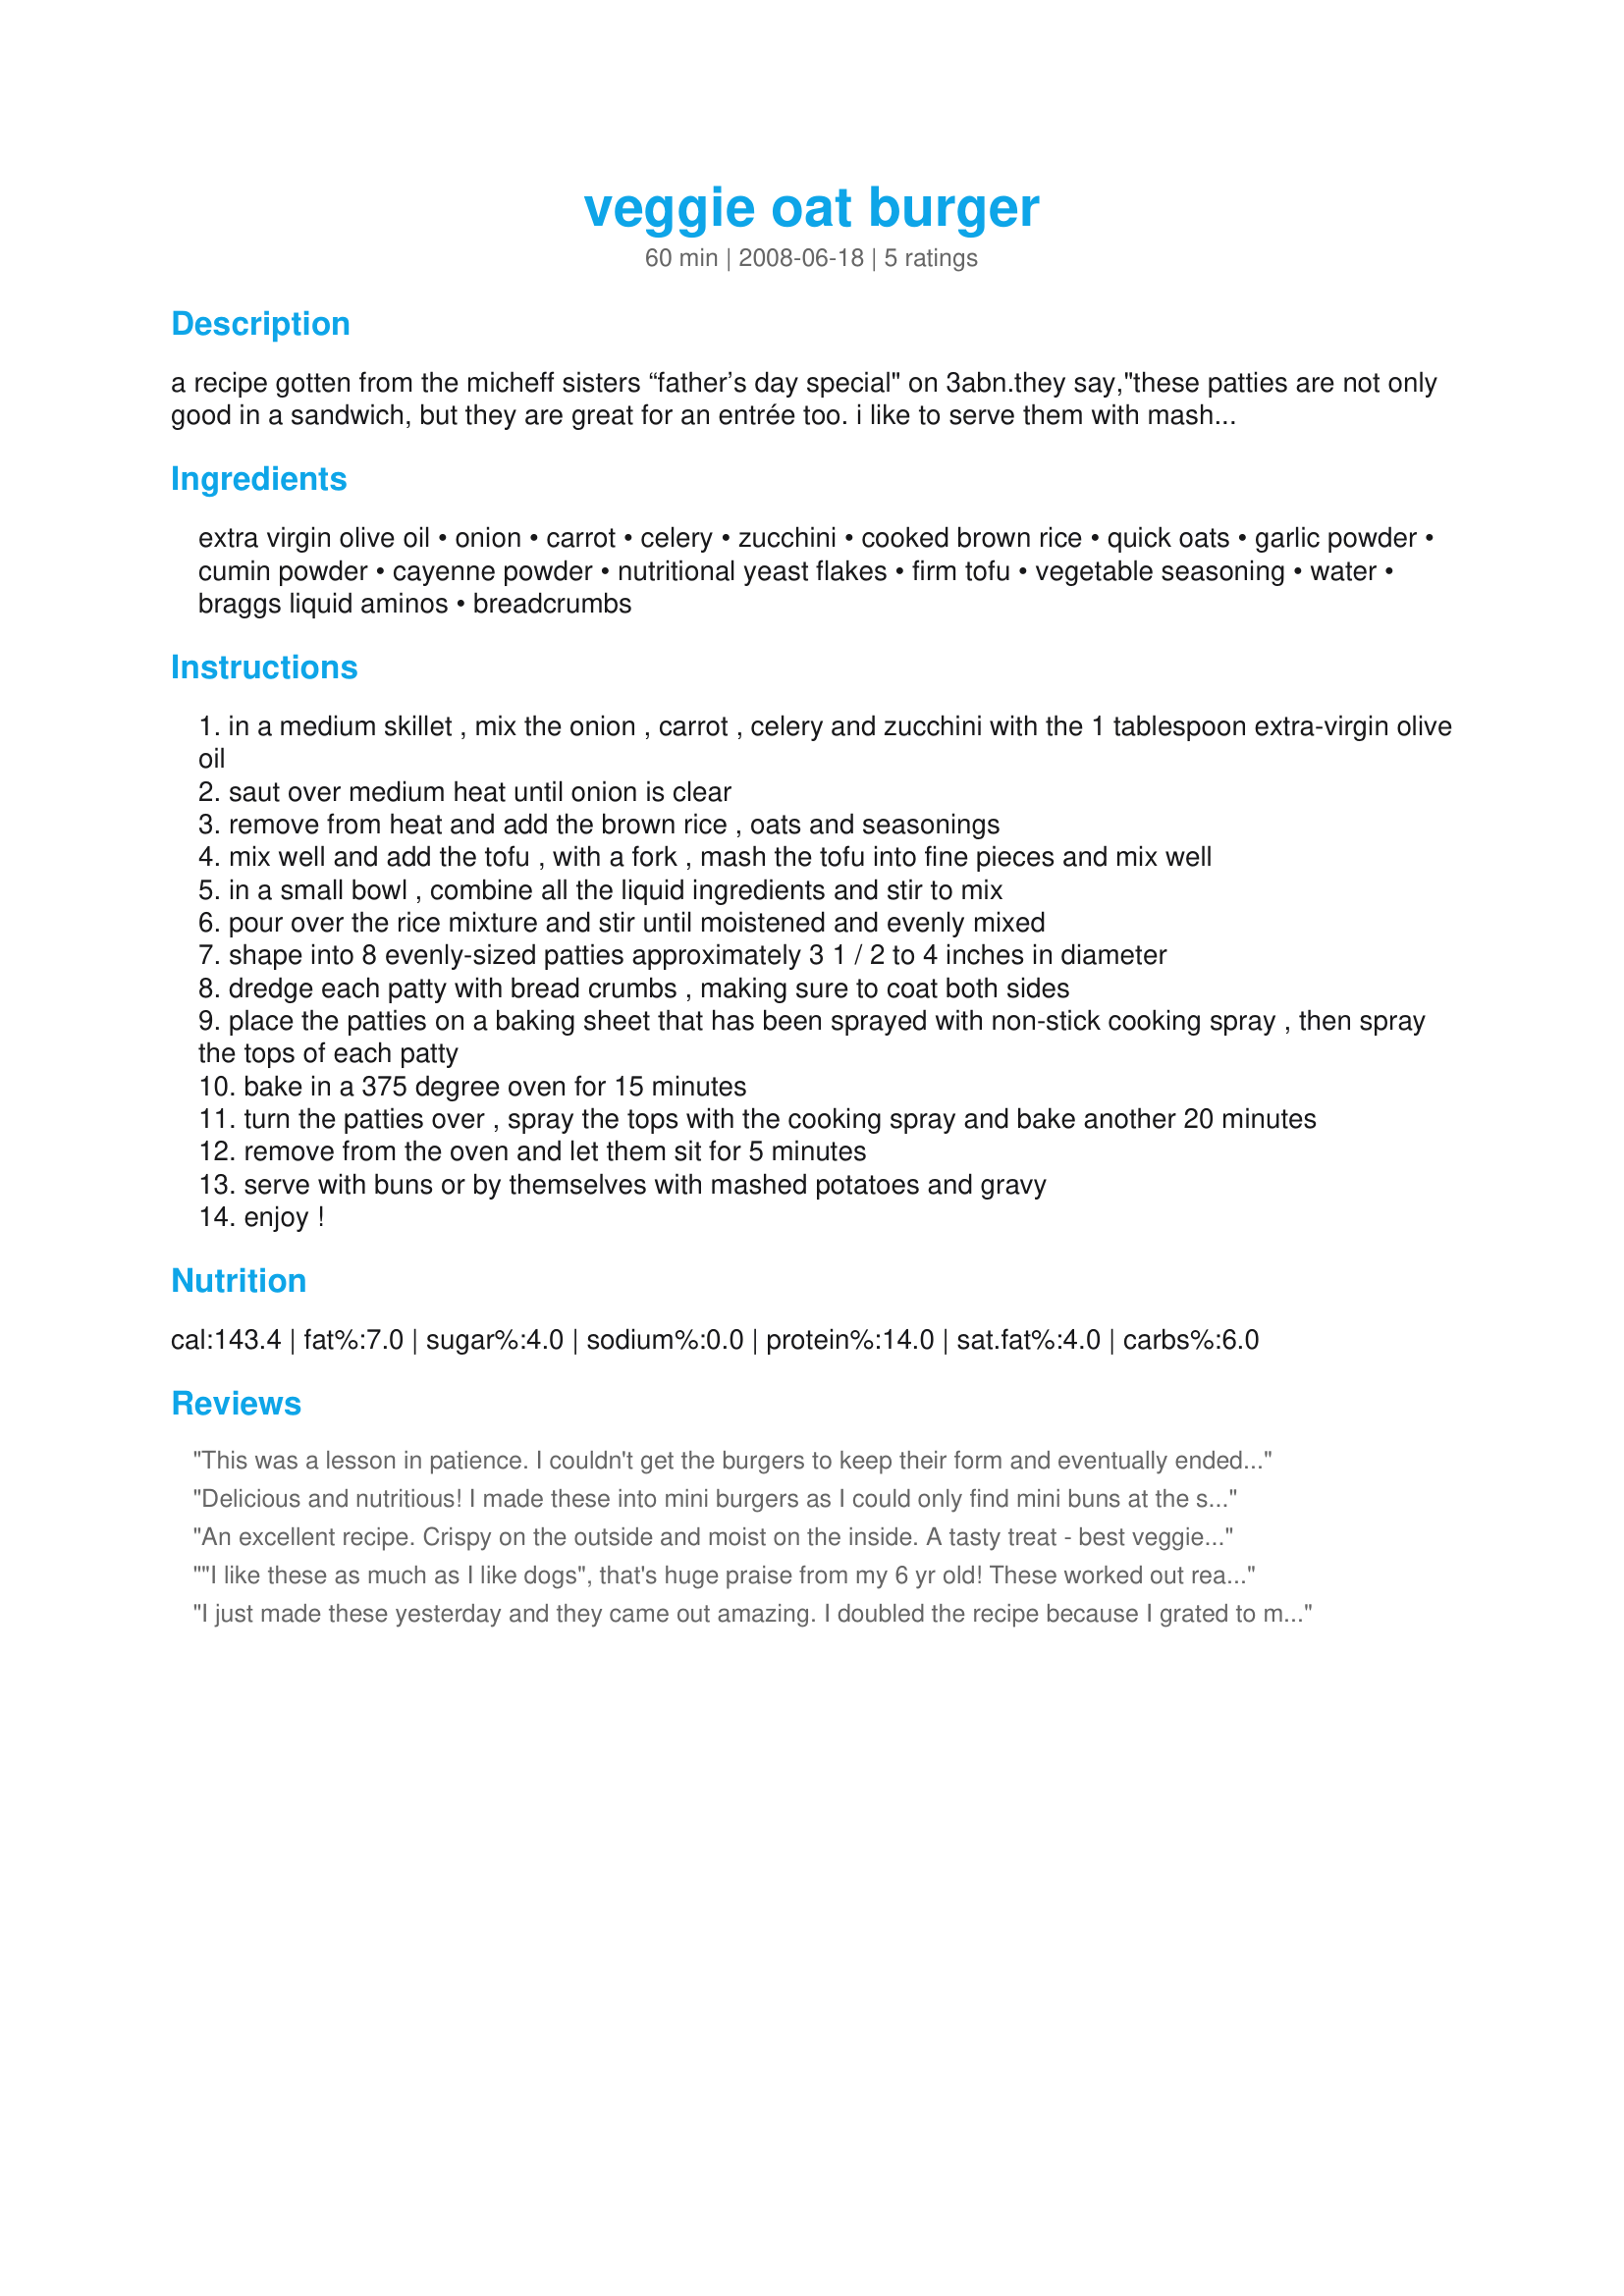
veggie oat burger
Preparation time: 60 minutes

a recipe gotten from the micheff sisters “father’s day special" on 3abn.they say,"these patties are not only good in a sandwich, but they are great for an entrée too. i like to serve them with mashed potatoes and gravy. they are also nice to take on a picnic or put in your lunch, as they taste good hot or cold. they also freeze quite well." for a demonstration on how to make these go here: http://www.recipezaar.com/bb/viewtopic.zsp?t=247514

Ingredients:
extra virgin olive oil, onion, carrot, celery, zucchini, cooked brown rice, quick oats, garlic powder, cumin powder, cayenne powder, nutritional yeast flakes, firm tofu, vegetable seasoning, water, braggs liquid aminos, breadcrumbs

Steps:
in a medium skillet , mix the onion , carrot , celery and zucchini with the 1 tablespoon extra-virgin olive oil
saut over medium heat until onion is clear
remove from heat and add the brown rice , oats and seasonings
mix well and add the tofu , with a fork , mash the tofu into fine pieces and mix well
in a small bowl , combine all the liquid ingredients and stir to mix
pour over the rice mixture and stir until moistened and evenly mixed
shape into 8 evenly-sized patties approximately 3 1 / 2 to 4 inches in diameter
dredge each patty with bread crumbs , making sure to coat both sides
place the patties on a baking sheet that has been sprayed with non-stick cooking spray , then spray the tops of each patty
bake in a 375 degree oven for 15 minutes
turn the patties over , spray the tops with the cooking spray and bake another 20 minutes
remove from the oven and let them sit for 5 minutes
serve with buns or by themselves with mashed potatoes and gravy
enjoy !

Reviews:
This was a lesson in patience. I couldn't get the burgers to keep their form and eventually ended up having to pan fry them as they were taking too long to bake. We felt the mixture needed an extra dose of seasonings-perhaps doubling the cumin and nutritional yeast for example. A squirt of chipotle Tabasco enhanced the taste. Maybe fresh herb like cilantro or basil in the mix would help...? It was however another interesting "lab" experiment and the best part was ~Tasty~ loved these. Eating the leftovers tomorrow for breakfast. Reviewed for Veg Tag August.
Delicious and nutritious! I made these into mini burgers as I could only find mini buns at the store. My DD's loved these! My poor girls are subject to always trying new things I find on Zaar and wanted to make sure this one would be repeated. ;) These are crumbly and difficult to get to stick together - as I expected with them being vegan and no egg added - but as long as you are careful with them they'll stay together well enough and once you taste them it won't matter if they are a little crumbly! These had the same texture as my walnut "meatballs" so I rolled a few for fun too. Thanks Sharon! Made for new Zaar tag.
An excellent recipe. Crispy on the outside and moist on the inside. A tasty treat - best veggie burger I have ever had.
"I like these as much as I like dogs", that's huge praise from my 6 yr old! These worked out really well, thanks for sharing. We had them as an entree with salad. Love the use of oats in this recipe. I used firm silken tofu, so the consistency was probably a lot different...I had no trouble getting them to hold together (altho very sticky), and they pan fried beautifully. They were probably softer inside than you would want as a 'burger' due to my sub, so if I was intending to eat these in a bun, I'd stick with the regular firm tofu. I found this made quite a bit, 12 medium-ish patties.....able to freeze some. Thanks again!
I just made these yesterday and they came out amazing. I doubled the recipe because I grated to much carrots. I only made a couple changes. I added one block of firm tofu and one box of firm silken tofu. I also added homemade vegan chic&#039;n style seasoning. I love this recipe and I&#039;m going to make it for mother&#039;s day. Thanks for the recipe.
